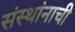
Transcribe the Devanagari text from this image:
संस्थांनाची